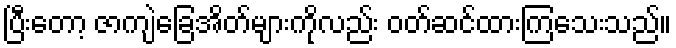
ပြီးတော့ ဇာကျဲခြေအိတ်များကိုလည်း ဝတ်ဆင်ထားကြသေးသည်။